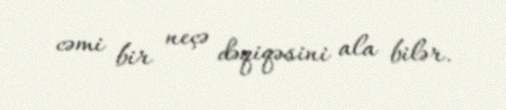
cəmi bir neçə dəqiqəsini ala bilər.